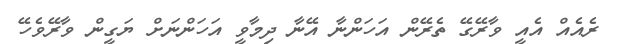
ރެއެއް އެއީ ވާރޭގޭ ތެރޭން އަހަންނާ އޭނާ ދިމާވީ އަހަންނަށް ޔަގީން ވާރޭވެހޭ